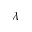
\lambda